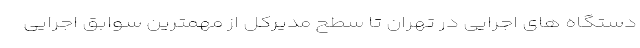
دستگاه های اجرایی در تهران تا سطح مدیرکل از مهمترین سوابق اجرایی